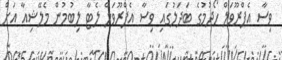
ވިސާ އެޕްރޫވަލް ހޯދުމުގެ ބަދަލުގައި ވިސާ އެޕްރޫވަލް ލެޓާ ލިބުމުން މެލޭޝިއާ އަށް